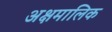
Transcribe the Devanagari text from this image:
अक्षमालिक